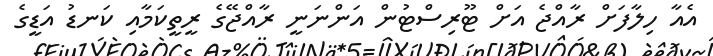
އެއާ ހިލާފަށް ރާއްޖެ އަށް ޓޫރިސްޓުން އަންނަނީ ރާއްޖޭގެ ރީތީކަމާއި ކަނޑު އަޑީގެ